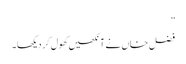
”
فضل خاں نے آنکھیں کھول کر دیکھا۔